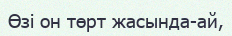
Өзі он төрт жасында-ай,